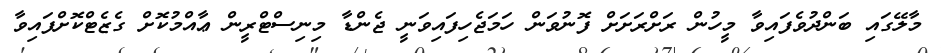
މާލޭގައި ބަންދުވެފައިވާ މީހުން ރަށްރަށަށް ފޮނުވަން ހަމަޖެހިފައިވަނީ ޖެންޑާ މިނިސްޓްރީން ޢާއްމުކޮށް ގެޒެޓްކޮށްފައިވާ